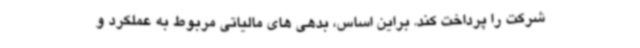
شرکت را پرداخت کند. براین اساس، بدهی های مالیاتی مربوط به عملکرد و